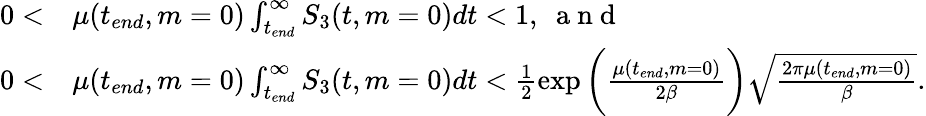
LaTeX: \begin{array}{rl}{0<}&{{}\mu(t_{end},m=0)\int_{t_{end}}^{\infty}S_{3}(t,m=0)dt<1,~\mathrm{~a~n~d~}}\\ {0<}&{{}\mu(t_{end},m=0)\int_{t_{end}}^{\infty}S_{3}(t,m=0)dt<\frac{1}{2}\exp{\bigg(\frac{\mu(t_{end},m=0)}{2\beta}\bigg)}\sqrt{\frac{2\pi\mu(t_{end},m=0)}{\beta}}.}\end{array}